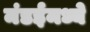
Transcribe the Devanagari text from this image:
मंडईमध्ये